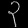
Digit: ၃